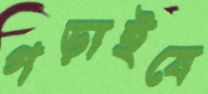
গড়াইবে